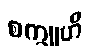
စက္ခူဟိ